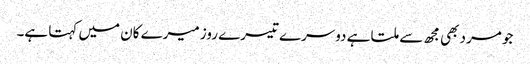
جو مرد بھی مجھ سے ملتا ہے دوسرے تیسرے روز میرے کان میں کہتا ہے۔